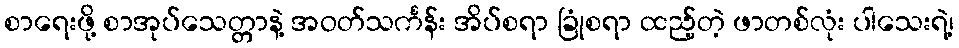
စာရေးဖို့ စာအုပ်သေတ္တာနဲ့ အဝတ်သင်္ကန်း အိပ်စရာ ခြုံစရာ ထည့်တဲ့ ဖာတစ်လုံး ပါသေးရဲ့၊